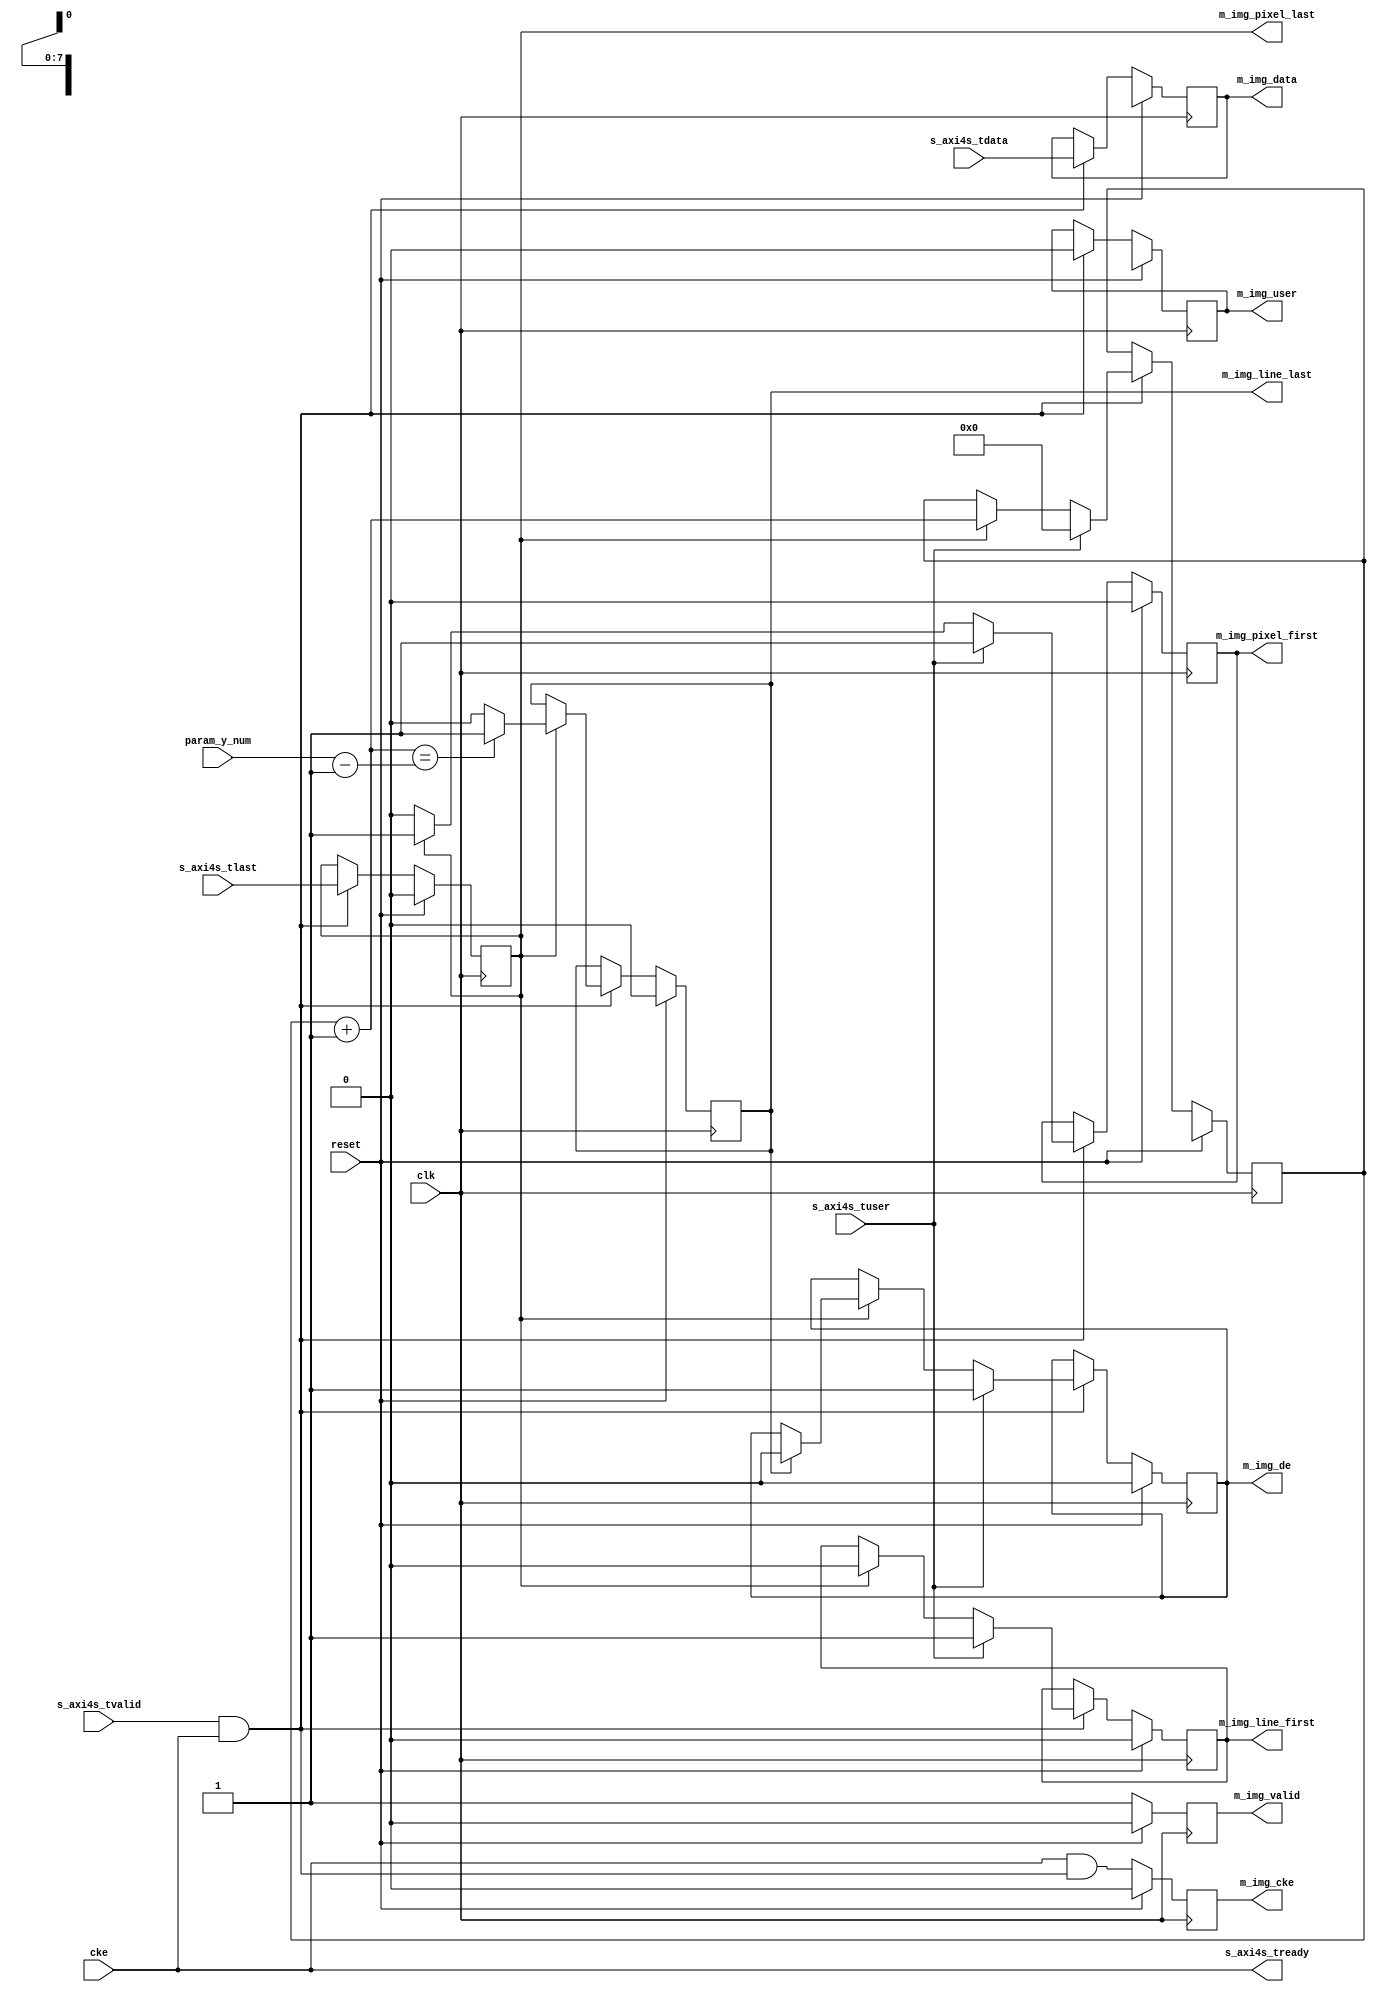
// ---------------------------------------------------------------------------
//  Jelly  -- The platform for real-time computing
//   image processing
//
//                                 Copyright (C) 2008-2016 by Ryuji Fuchikami
//                                 https://github.com/ryuz/jelly.git
// ---------------------------------------------------------------------------



`timescale 1ns / 1ps
`default_nettype none



// USE_VALID  valid 

module jelly_axi4s_to_img
        #(
            parameter   TUSER_WIDTH  = 1,
            parameter   TDATA_WIDTH  = 8,
            parameter   IMG_Y_WIDTH  = 9,
            parameter   IMG_Y_NUM    = 480,
            parameter   IMG_CKE_BUFG = 0,
            parameter   USE_VALID    = 0,
            
            parameter   USER_WIDTH   = (TUSER_WIDTH > 1) ? (TUSER_WIDTH - 1) : 1
        )
        (
            input   wire                                reset,
            input   wire                                clk,
            input   wire                                cke,
            
            input   wire    [IMG_Y_WIDTH-1:0]           param_y_num,
            
            input   wire    [TUSER_WIDTH-1:0]           s_axi4s_tuser,
            input   wire                                s_axi4s_tlast,
            input   wire    [TDATA_WIDTH-1:0]           s_axi4s_tdata,
            input   wire                                s_axi4s_tvalid,
            output  wire                                s_axi4s_tready,
            
            output  wire                                m_img_cke,
            output  wire                                m_img_line_first,
            output  wire                                m_img_line_last,
            output  wire                                m_img_pixel_first,
            output  wire                                m_img_pixel_last,
            output  wire                                m_img_de,
            output  wire    [USER_WIDTH-1:0]            m_img_user,
            output  wire    [TDATA_WIDTH-1:0]           m_img_data,
            output  wire                                m_img_valid
        );
    
    
    reg                         reg_cke;
    reg                         reg_line_first;
    reg                         reg_line_last;
    reg                         reg_pixel_first;
    reg                         reg_pixel_last;
    reg                         reg_de;
    reg     [USER_WIDTH-1:0]    reg_user;
    reg     [TDATA_WIDTH-1:0]   reg_data;
    reg                         reg_valid;
    reg     [IMG_Y_WIDTH-1:0]   reg_y_count;
    
    always @(posedge clk) begin
        if ( reset ) begin
            reg_cke         <= 1'b0;
            reg_line_first  <= 1'b0;
            reg_line_last   <= 1'b0;
            reg_pixel_first <= 1'b0;
            reg_pixel_last  <= 1'b0;
            reg_de          <= 1'b0;
            reg_user        <= {USER_WIDTH{1'bx}};
            reg_data        <= {TDATA_WIDTH{1'bx}};
            reg_valid       <= 1'b0;
            reg_y_count     <= {IMG_Y_WIDTH{1'bx}};
        end
        else begin
            reg_cke <= (cke && (s_axi4s_tvalid && s_axi4s_tready));
            
            if ( s_axi4s_tvalid && s_axi4s_tready ) begin
                reg_pixel_first <= 1'b0;
                if ( reg_pixel_last ) begin
                    reg_line_first  <= 1'b0;
                    reg_line_last   <= 1'b0;
                    reg_pixel_first <= 1'b1;
                    reg_y_count     <= reg_y_count + 1;
                    if ( (reg_y_count + 1'b1) == (param_y_num - 1'b1) ) begin
                        reg_line_last <= 1'b1;
                    end
                    
                    if ( reg_line_last ) begin
                        reg_de <= 1'b0;
                    end
                end
                
                if ( s_axi4s_tuser[0] ) begin
                    reg_line_first  <= 1'b1;
                    reg_pixel_first <= 1'b1;
                    reg_y_count     <= {IMG_Y_WIDTH{1'b0}};
                    reg_de          <= 1'b1;
                end
                
                reg_pixel_last <= s_axi4s_tlast;
                reg_user       <= (s_axi4s_tuser >> 1);
                reg_data       <= s_axi4s_tdata;
            end
            
            reg_valid <= 1'b1;
        end
    end
    
    //  cke  fanout BUFG
`ifndef VERILATOR
    generate
    if ( IMG_CKE_BUFG ) begin
        BUFG
            i_bufg
                (
                    .I  (reg_cke),
                    .O  (m_img_cke)
                );
    end
    else begin
        assign m_img_cke = reg_cke;
    end
    endgenerate
`else
    assign m_img_cke = reg_cke;
`endif

    assign s_axi4s_tready    = cke;
    
    assign m_img_line_first  = reg_line_first;
    assign m_img_line_last   = reg_line_last;
    assign m_img_pixel_first = reg_pixel_first;
    assign m_img_pixel_last  = reg_pixel_last;
    assign m_img_de          = reg_de;
    assign m_img_user        = reg_user;
    assign m_img_data        = reg_data;
    assign m_img_valid       = reg_valid;
    
endmodule


`default_nettype wire


// end of file